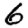
Digit: 6